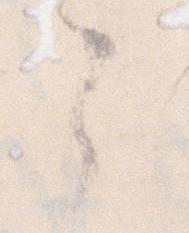
々